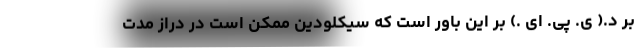
بر د.( ی. پی. ای .) بر این باور است که سیکلودین ممکن است در دراز مدت